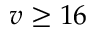
v \geq 1 6